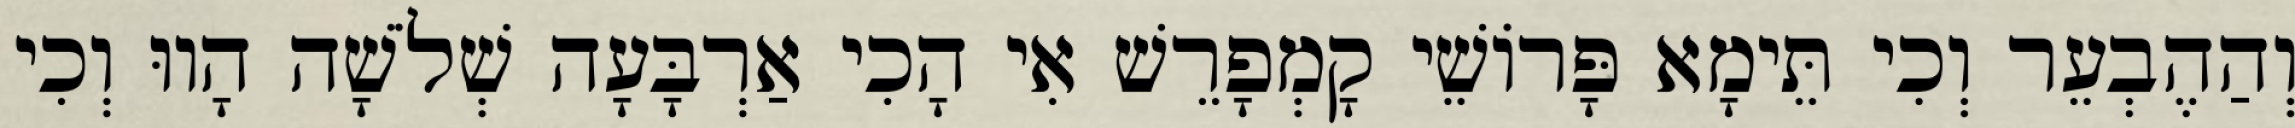
וְהַהֶבְעֵר וְכִי תֵּימָא פָּרוֹשֵׁי קָמְפָרֵשׁ אִי הָכִי אַרְבָּעָה שְׁלֹשָׁה הָווּ וְכִי